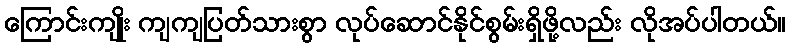
ကြောင်းကျိုး ကျကျပြတ်သားစွာ လုပ်ဆောင်နိုင်စွမ်းရှိဖို့လည်း လိုအပ်ပါတယ်။